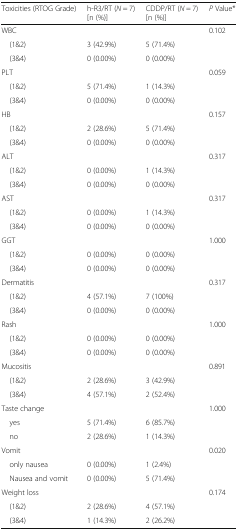
<table><thead><tr><td><b>Toxicities (RTOG Grade)</b></td><td><b>h-R3/RT (<i>N</i> = 7) [n (%)]</b></td><td><b>CDDP/RT (<i>N</i> = 7) [n (%)]</b></td><td><b><i>P</i> Value*</b></td></tr></thead><tbody><tr><td>WBC</td><td></td><td></td><td>0.102</td></tr><tr><td> (1&amp;2)</td><td>3 (42.9%)</td><td>5 (71.4%)</td><td></td></tr><tr><td> (3&amp;4)</td><td>0 (0.00%)</td><td>0 (0.00%)</td><td></td></tr><tr><td>PLT</td><td></td><td></td><td>0.059</td></tr><tr><td> (1&amp;2)</td><td>5 (71.4%)</td><td>1 (14.3%)</td><td></td></tr><tr><td> (3&amp;4)</td><td>0 (0.00%)</td><td>0 (0.00%)</td><td></td></tr><tr><td>HB</td><td></td><td></td><td>0.157</td></tr><tr><td> (1&amp;2)</td><td>2 (28.6%)</td><td>5 (71.4%)</td><td></td></tr><tr><td> (3&amp;4)</td><td>0 (0.00%)</td><td>0 (0.00%)</td><td></td></tr><tr><td>ALT</td><td></td><td></td><td>0.317</td></tr><tr><td> (1&amp;2)</td><td>0 (0.00%)</td><td>1 (14.3%)</td><td></td></tr><tr><td> (3&amp;4)</td><td>0 (0.00%)</td><td>0 (0.00%)</td><td></td></tr><tr><td>AST</td><td></td><td></td><td>0.317</td></tr><tr><td> (1&amp;2)</td><td>0 (0.00%)</td><td>1 (14.3%)</td><td></td></tr><tr><td> (3&amp;4)</td><td>0 (0.00%)</td><td>0 (0.00%)</td><td></td></tr><tr><td>GGT</td><td></td><td></td><td>1.000</td></tr><tr><td> (1&amp;2)</td><td>0 (0.00%)</td><td>0 (0.00%)</td><td></td></tr><tr><td> (3&amp;4)</td><td>0 (0.00%)</td><td>0 (0.00%)</td><td></td></tr><tr><td>Dermatitis</td><td></td><td></td><td>0.317</td></tr><tr><td> (1&amp;2)</td><td>4 (57.1%)</td><td>7 (100%)</td><td></td></tr><tr><td> (3&amp;4)</td><td>0 (0.00%)</td><td>0 (0.00%)</td><td></td></tr><tr><td>Rash</td><td></td><td></td><td>1.000</td></tr><tr><td> (1&amp;2)</td><td>0 (0.00%)</td><td>0 (0.00%)</td><td></td></tr><tr><td> (3&amp;4)</td><td>0 (0.00%)</td><td>0 (0.00%)</td><td></td></tr><tr><td>Mucositis</td><td></td><td></td><td>0.891</td></tr><tr><td> (1&amp;2)</td><td>2 (28.6%)</td><td>3 (42.9%)</td><td></td></tr><tr><td> (3&amp;4)</td><td>4 (57.1%)</td><td>2 (52.4%)</td><td></td></tr><tr><td>Taste change</td><td></td><td></td><td>1.000</td></tr><tr><td> yes</td><td>5 (71.4%)</td><td>6 (85.7%)</td><td></td></tr><tr><td> no</td><td>2 (28.6%)</td><td>1 (14.3%)</td><td></td></tr><tr><td>Vomit</td><td></td><td></td><td>0.020</td></tr><tr><td> only nausea</td><td>0 (0.00%)</td><td>1 (2.4%)</td><td></td></tr><tr><td> Nausea and vomit</td><td>0 (0.00%)</td><td>5 (71.4%)</td><td></td></tr><tr><td>Weight loss</td><td></td><td></td><td>0.174</td></tr><tr><td> (1&amp;2)</td><td>2 (28.6%)</td><td>4 (57.1%)</td><td></td></tr><tr><td> (3&amp;4)</td><td>1 (14.3%)</td><td>2 (26.2%)</td><td></td></tr></tbody></table>